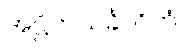
အဋ္ဌိကသင်္ခလိကံ